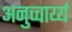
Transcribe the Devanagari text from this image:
अनुच्चार्य्य